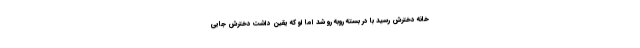
خانه دخترش رسید با در بسته روبه رو شد اما او که یقین داشت دخترش جایی